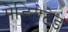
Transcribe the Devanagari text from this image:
मेडियेटेड